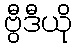
ဗွီဒီယို